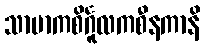
သာမာကစိင်္ဂူလကစီနကာနိ